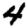
Digit: 4